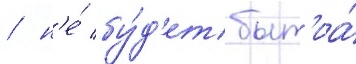
/ н'е́ бу́д'ет быт'иа́